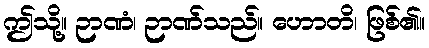
ဤသို့။ ဉာဏံ၊ ဉာဏ်သည်။ ဟောတိ၊ ဖြစ်၏။